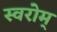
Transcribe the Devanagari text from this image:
स्वरोम्